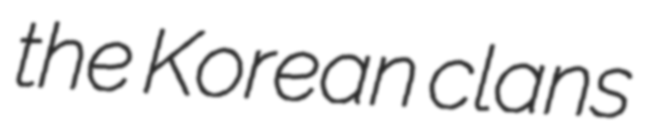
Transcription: the Korean clans